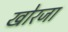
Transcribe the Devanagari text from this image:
खोरजा